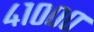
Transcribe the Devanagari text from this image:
४१०००